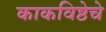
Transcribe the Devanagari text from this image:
काकविष्ठेचे